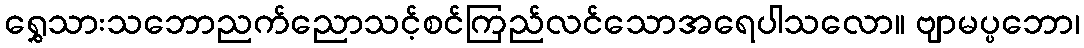
ရွှေသားသဘောညက်ညောသင့်စင်ကြည်လင်သောအရေပါသလော။ ဗျာမပ္ပဘော၊